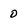
Character: 0